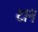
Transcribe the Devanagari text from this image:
टान